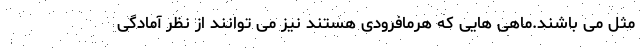
مثل می باشند.ماهی هایی که هرمافرودی هستند نیز می توانند از نظر آمادگی